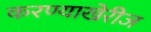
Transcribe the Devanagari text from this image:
करण्याखेरीज